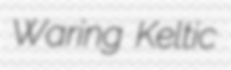
Waring Keltic